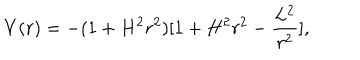
V ( r ) = - ( 1 + H ^ { 2 } r ^ { 2 } ) [ 1 + H ^ { 2 } r ^ { 2 } - \frac { L ^ { 2 } } { r ^ { 2 } } ] ,